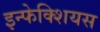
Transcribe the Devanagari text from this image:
इन्फेक्शियस